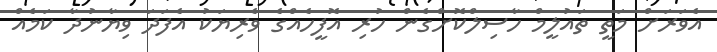
އެވަރަށް މަތީ ތައުލީމް ހާސިލްކޮށްގެން ހުރި އޮފީހެއްގެ ވެރިޔަކު އެފަދަ ވިޔާނުދާ ކަމެއް